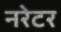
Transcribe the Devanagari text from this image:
नरेटर